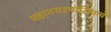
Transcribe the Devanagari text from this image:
महानगरपालिकचे